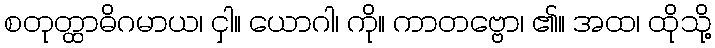
စတုတ္ထာဓိဂမာယ၊ ငှါ။ ယောဂါ၊ ကို။ ကာတဗ္ဗော၊ ၏။ အထ၊ ထိုသို့